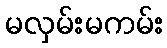
မလှမ်းမကမ်း